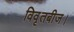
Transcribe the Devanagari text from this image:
विवृतबीज।